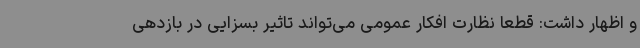
و اظهار داشت: قطعا نظارت افکار عمومی می‌تواند تاثیر بسزایی در بازدهی